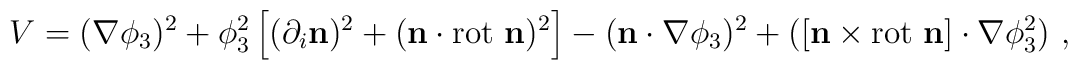
V= (\nabla \phi_3)^2+ \phi_3^2\left[(\partial_i{\mathbf{n}})^2+ (\mathbf{n}\cdot{\rm rot}{\ \mathbf{n}})^2\right] -(\mathbf{n} \cdot \nabla \phi_3)^2+ ([\mathbf{n} \times \mbox{rot\ } \mathbf{n} ] \cdot \nabla \phi_3^2)~,